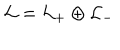
{ \cal L } = { \cal L } _ { + } \oplus { \cal L } _ { - }